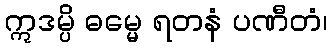
ဣဒမ္ပိ ဓမ္မေ ရတနံ ပဏီတံ၊